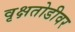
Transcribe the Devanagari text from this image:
वृक्षतोडीवर